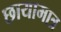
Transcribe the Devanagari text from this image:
छायामात्र